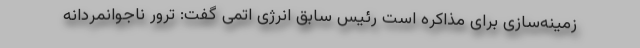
زمینه‌سازی برای مذاکره است رئیس سابق انرژی اتمی گفت: ترور ناجوانمردانه